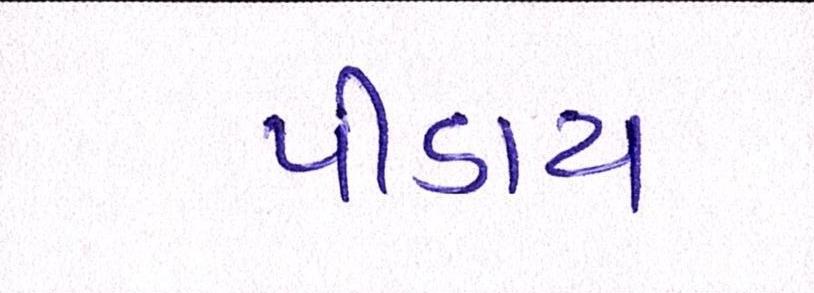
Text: પીડાય